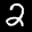
Label: 2